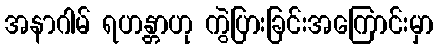
အနာဂါမ် ရဟန္တာဟု ကွဲပြားခြင်းအကြောင်းမှာ